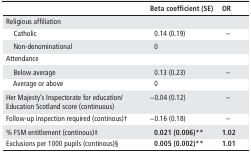
<table><thead><tr><td></td><td><b>Beta coefficient (SE)</b></td><td><b>OR</b></td></tr></thead><tbody><tr><td colspan="3">Religious affiliation</td></tr><tr><td> Catholic</td><td>0.14 (0.19)</td><td>–</td></tr><tr><td> Non-denominational</td><td>0</td><td></td></tr><tr><td colspan="3">Attendance</td></tr><tr><td> Below average</td><td>0.13 (0.23)</td><td>–</td></tr><tr><td> Average or above</td><td>0</td><td></td></tr><tr><td>Her Majesty’s Inspectorate for education/Education Scotland score (continuous)</td><td>−0.04 (0.12)</td><td>–</td></tr><tr><td>Follow-up inspection required (continous)†</td><td>−0.16 (0.18)</td><td>–</td></tr><tr><td>% FSM entitlement (continous)‡</td><td><b>0.021 (0.006)**</b></td><td><b>1.02</b></td></tr><tr><td>Exclusions per 1000 pupils (continous)§</td><td><b>0.005 (0.002)**</b></td><td><b>1.01</b></td></tr></tbody></table>